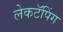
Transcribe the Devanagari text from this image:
लेकटॅपिंग